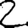
Digit: 2